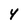
Character: 4